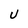
Character: U